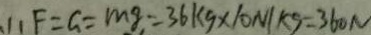
( 1 ) F = G = m g = 3 6 k g \times 1 0 N / k g = 3 6 0 N